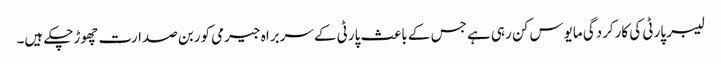
لیبر پارٹی کی کارکردگی مایوس کن رہی ہے جس کے باعث پارٹی کے سربراہ جیرمی کوربن صدارت چھوڑچکے ہیں۔